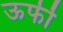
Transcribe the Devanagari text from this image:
ऊर्फी